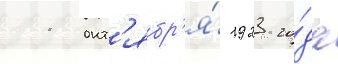
11 окт'ябр'я́ 1923 го́да